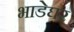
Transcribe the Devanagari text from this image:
भाडेघर